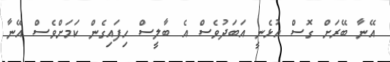
އޭނާ ބޭރަށް ގޮސް އުޅެނީ އަބަދުވެސް އެ ބާލީސް ހިފައިގެން ކަމަށްވެސް އޭނާ